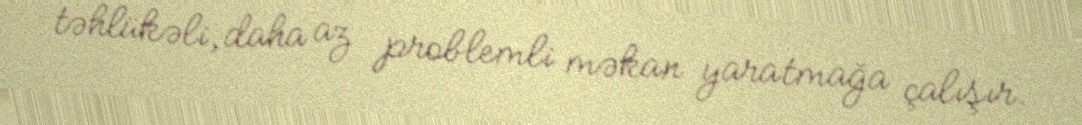
təhlükəli, daha az problemli məkan yaratmağa çalışır.